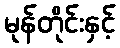
မုန်တိုင်းနှင့်